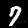
Digit: 7